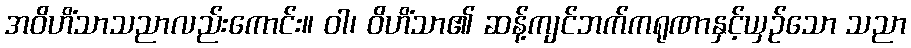
အဝိဟိံသာသညာလည်းကောင်း။ ဝါ၊ ဝိဟိံသာ၏ ဆန့်ကျင်ဘက်ကရုဏာနှင့်ယှဉ်သော သညာ